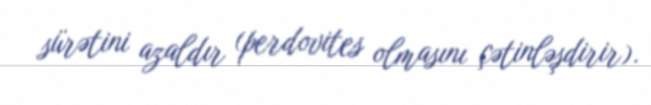
sürətini azaldır (perdovites olmasını çətinləşdirir).